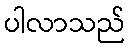
ပါလာသည်